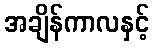
အချိန်ကာလနှင့်